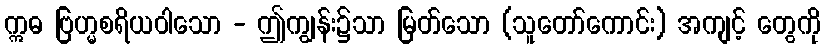
ဣဓ ဗြဟ္မစရိယဝါသော - ဤကျွန်း၌သာ မြတ်သော (သူတော်ကောင်း) အကျင့် တွေကို